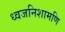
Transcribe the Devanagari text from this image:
ध्वजनिशामणि